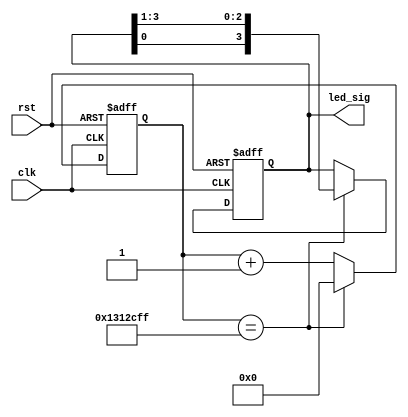
module led_wf
  #(
     parameter CLK_DIV = 20 * 1000 * 1000 - 1,
     parameter LED_NUM = 4,
     parameter INIT_STA = 4'b1100
   )
   (
     input clk,
     input rst,
     output reg [ LED_NUM - 1: 0] led_sig = INIT_STA
   );

  reg [ $clog2(CLK_DIV): 0] cnt = 0;

  always @( posedge clk or negedge rst)
    begin
      if ( !rst)
        begin
          cnt <= 0;
          led_sig <= INIT_STA;
        end
      else
        begin
          if ( cnt == CLK_DIV)
            begin
              cnt <= 0;
              led_sig <= { led_sig[ 0 ], led_sig[ LED_NUM - 1: 1 ] };
            end
          else
            begin
              cnt <= cnt + 1;
            end
        end

    end

endmodule